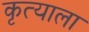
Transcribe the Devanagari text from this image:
कृत्याला